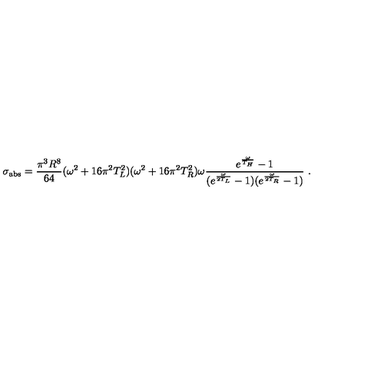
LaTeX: \sigma _ { \mathrm { a b s } } = { \frac { \pi ^ { 3 } R ^ { 8 } } { 6 4 } } ( \omega ^ { 2 } + 1 6 \pi ^ { 2 } T _ { L } ^ { 2 } ) ( \omega ^ { 2 } + 1 6 \pi ^ { 2 } T _ { R } ^ { 2 } ) \omega { \frac { e ^ { \frac { \omega } { T _ { H } } } - 1 } { ( e ^ { \frac { \omega } { 2 T _ { L } } } - 1 ) ( e ^ { \frac { \omega } { 2 T _ { R } } } - 1 ) } } \ .